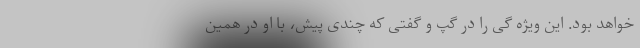
خواهد بود. این ویژه گی را در گپ و گفتی که چندی پیش، با او در همین